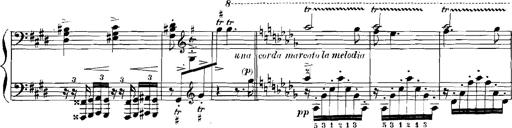
Title: Rhapsodies hongroises
Composer: Franz Liszt